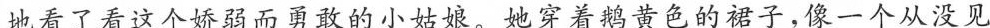
地看了看这个娇弱而勇敢的小姑娘。她穿着鹅黄色的裙子，像一个从没见